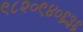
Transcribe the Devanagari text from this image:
९८२०९४०६३६